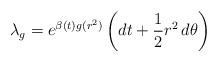
LaTeX: \begin{align*}\lambda_g = e^{\beta(t)g(r^2)}\left(dt + \frac{1}{2}r^2\,d\theta\right)\end{align*}